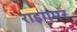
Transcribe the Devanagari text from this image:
राइगमर